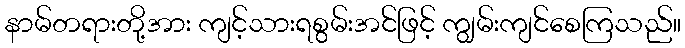
နာမ်တရားတို့အား ကျင့်သားရစွမ်းအင်ဖြင့် ကျွမ်းကျင်စေကြသည်။